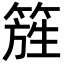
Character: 𥰁